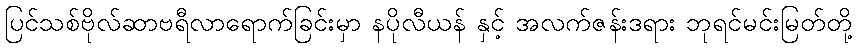
ပြင်သစ်ဗိုလ်ဆာဗရီလာရောက်ခြင်းမှာ နပိုလီယန် နှင့် အလက်ဇန်းဒရား ဘုရင်မင်းမြတ်တို့